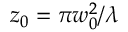
z _ { 0 } = \pi w _ { 0 } ^ { 2 } / \lambda